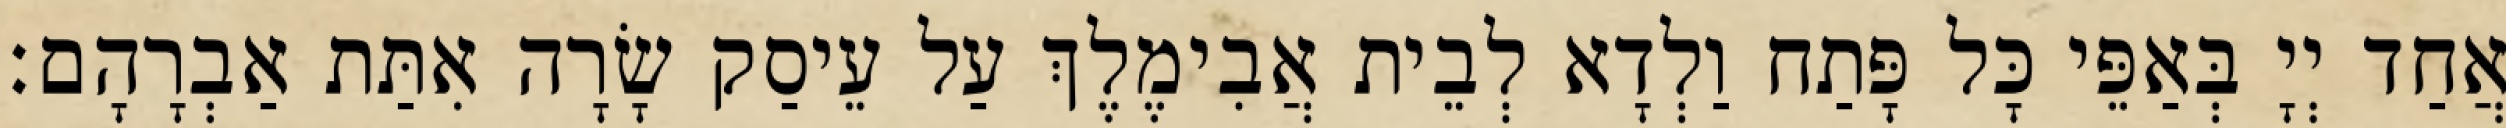
אֲחַד יְיָ בְּאַפֵּי כָּל פָּתַח וַלְדָא לְבֵית אֲבִימֶלֶךְ עַל עֵיסַק שָׂרָה אִתַּת אַבְרָהָם׃